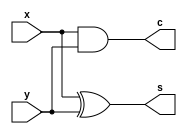
module half_adder(    
    input   wire    x, y,
    output  wire    s, c
);

    // half adder body
    // instantiate primitive gates 
    xor(s,x,y);
    and(c,x,y);
    
endmodule